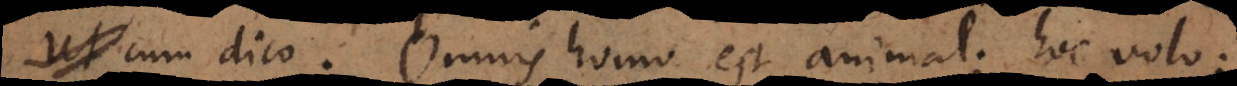
cum dico: Omnis homo est animal; hoc volo: